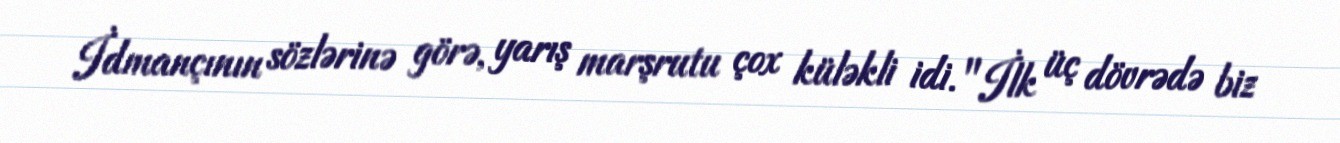
İdmançının sözlərinə görə, yarış marşrutu çox küləkli idi. "İlk üç dövrədə biz